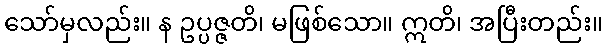
သော်မှလည်း။ န ဥပ္ပဇ္ဇတိ၊ မဖြစ်သော။ ဣတိ၊ အပြီးတည်း။